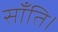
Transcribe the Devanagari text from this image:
साँति।